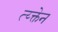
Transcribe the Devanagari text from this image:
त्य्क्तेन